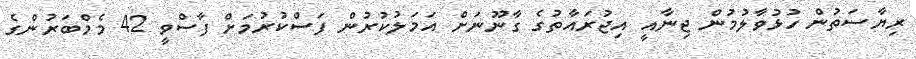
ރިޔާސަތުން ހުޅުވާލުމުން ޖިނާއީ އިޖުރައާތުގެ ގާނޫނަށް އަމަލުކުރުން ފަސްކުރުމަށް ފާސްވީ 42 މެމްބަރުންގެ